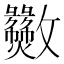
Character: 𫿫